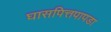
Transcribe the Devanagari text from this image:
घासपित्तपापडा